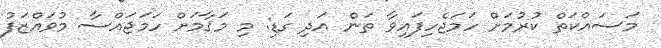
މަސައްކަތް ކުރުމަށް ހަމަޖެހިފައިވާ ތަން އަދި ގަޑި: މި މަޤާމަށް ހަމަޖައްސާ މުވައްޒަފު